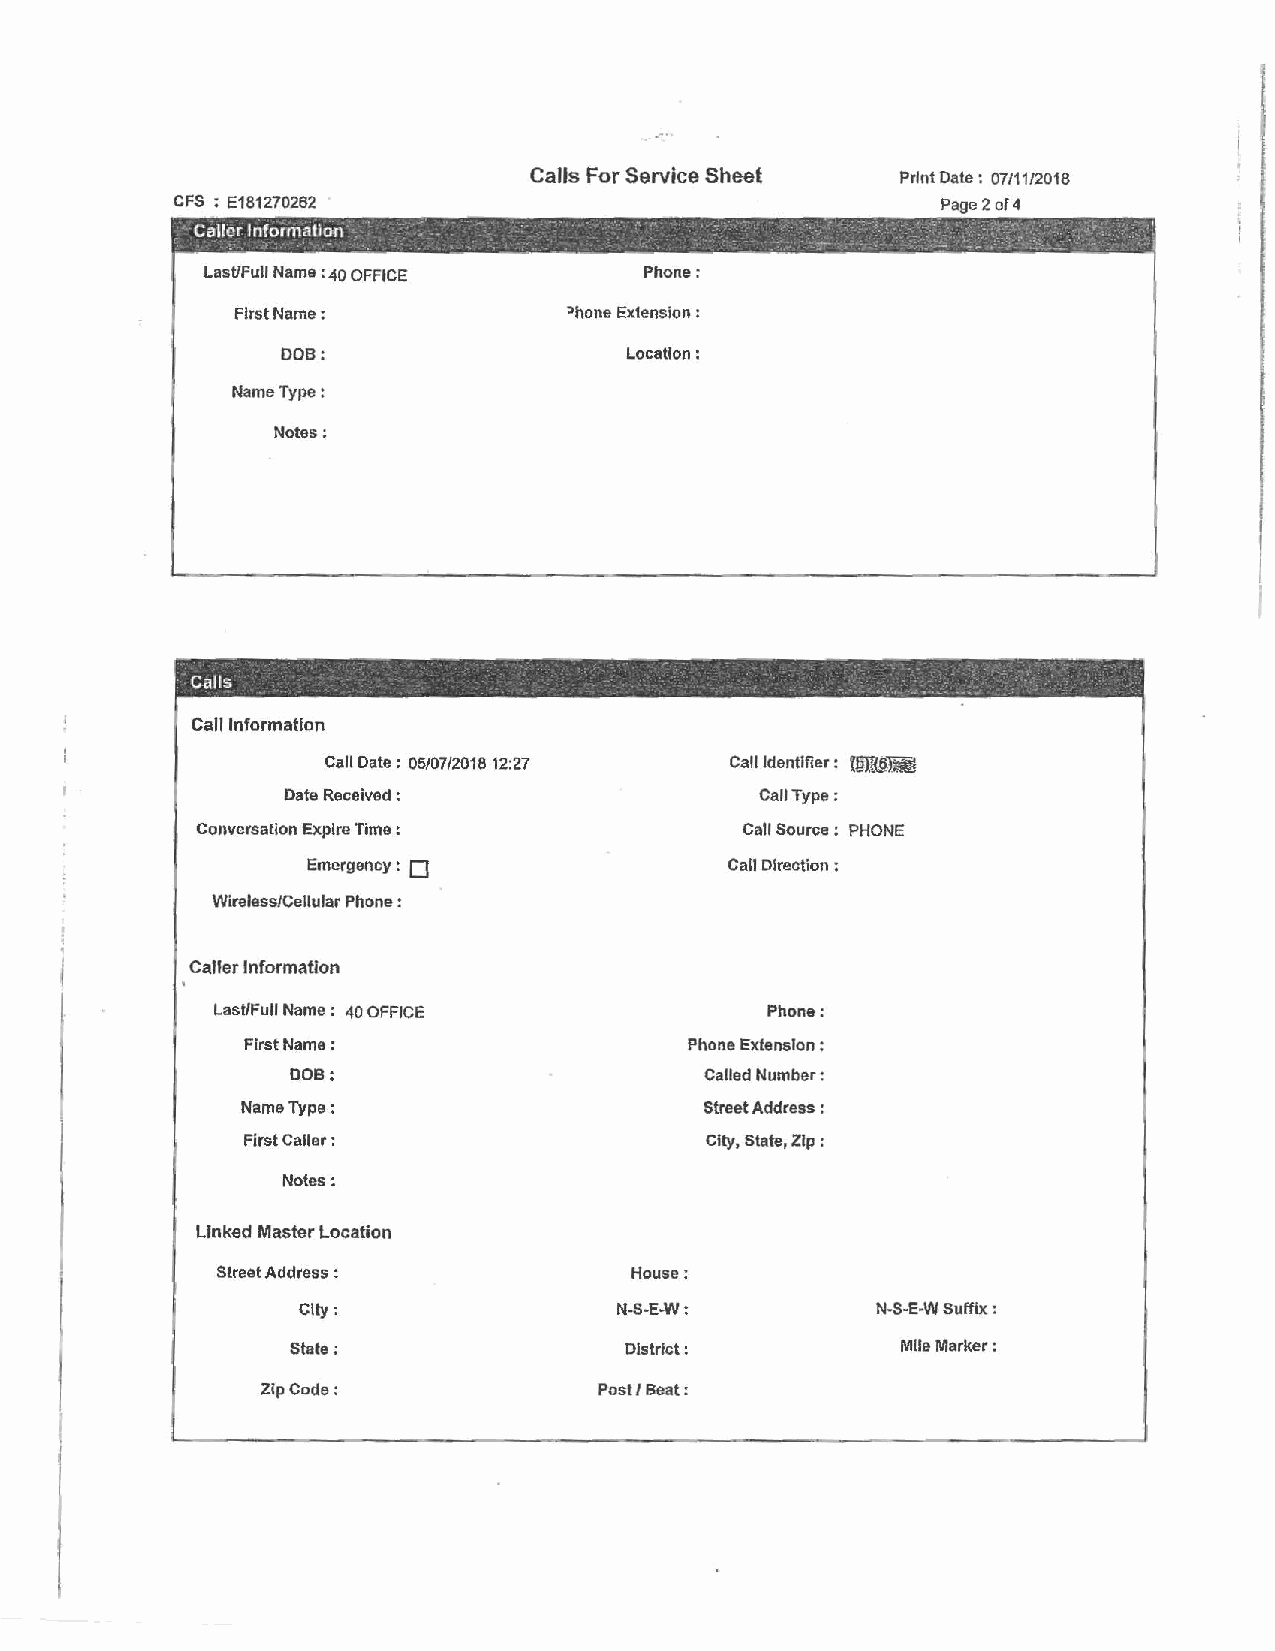
Calls For Service Sheet  Print Date: 07/11/2018
 CFS : 6181270262                                   Page 2 of 4
 First Name:           :>hone Extension :
 DOB:                   Location:
 Name Type:
 Notes:
 -                     -  -
 Calls                                        . , . _ .
 Call Information
 Call Date: 05/07/2018 12:27 Call Identifier : tfil".t<§~
 I .            Date Received :                 Call Type:
 Conversation Expire Time :          Call Source : PHONE
 0
 Emergency :                Call Direction :
 Wireless/Cellular Phone :
 Caller Information
 Last/Full Name : 40 OFFICE           Phone:
 First Name:                   Phone Extension :
 DOB:                        Called Number:
 Name Type:                     Street Address :
 First Caller :                 City, State, Zip :
 Notes:
 Linked Master Location
 Street Address :           House:
 City:                N-5-E-W:         N-S-E•W Suffix :
 State;                 District:         Mlle Marker:
 Zip Code:             Post/ Beat: